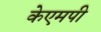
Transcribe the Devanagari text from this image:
केएमपी